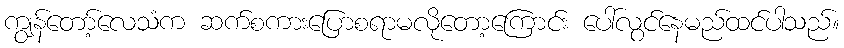
ကျွန်တော့်လေသံက ဆက်စကားပြောစရာမလိုတော့ကြောင်း ပေါ်လွင်နေမည်ထင်ပါသည်။